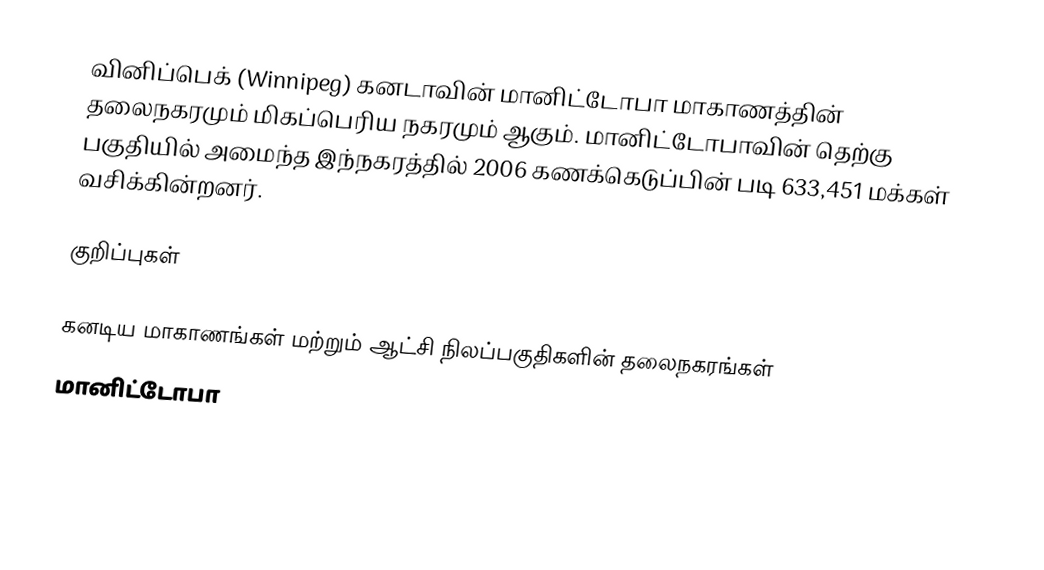
வினிப்பெக் (Winnipeg) கனடாவின் மானிட்டோபா மாகாணத்தின் தலைநகரமும் மிகப்பெரிய நகரமும் ஆகும். மானிட்டோபாவின் தெற்கு பகுதியில் அமைந்த இந்நகரத்தில் 2006 கணக்கெடுப்பின் படி 633,451 மக்கள் வசிக்கின்றனர்.

குறிப்புகள்

கனடிய மாகாணங்கள் மற்றும் ஆட்சி நிலப்பகுதிகளின் தலைநகரங்கள்
மானிட்டோபா